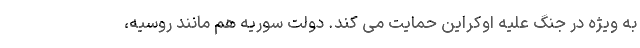
به ویژه در جنگ علیه اوکراین حمایت می کند. دولت سوریه هم مانند روسیه،